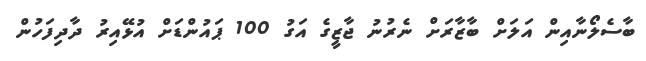
ބާސެލޯނާއިން އަލަށް ބާޒާރަށް ނެރުނު ޖާޒީގެ އަގު 100 ޕައުންޑަށް އުޅޭއިރު ދާދިފަހުން